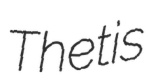
Thetis